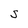
Character: S